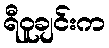
ရီဝူချင်းက